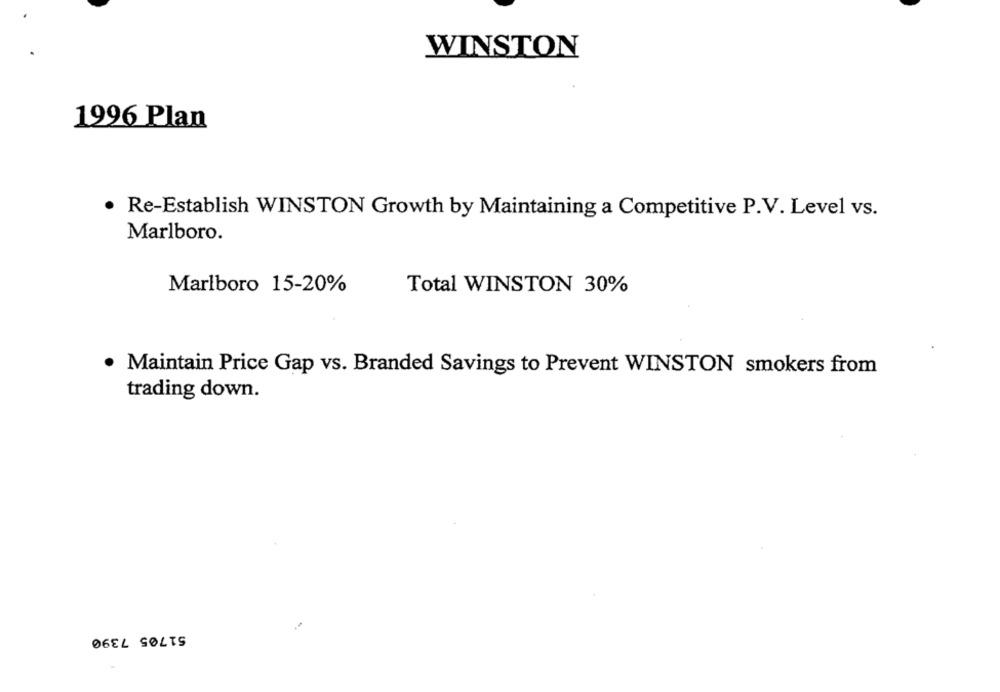
WINSTON
1996 Plan
· Re-Establish WINSTON Growth by Maintaining a Competitive P.V. Level vs.
Marlboro.
Marlboro 15-20%
Total WINSTON 30%
Maintain Price Gap vs. Branded Savings to Prevent WINSTON smokers from
trading down.
51705 7390